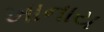
ખાનાય